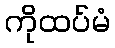
ကိုထပ်မံ